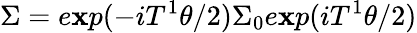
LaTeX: \Sigma=e\mathbf{x}p(-iT^{1}\theta/2)\Sigma_{0}e\mathbf{x}p(iT^{1}\theta/2)